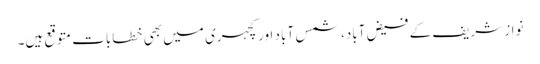
نواز شریف کے فیض آباد، شمس آباد اور کچہری میں بھی خطابات متوقع ہیں۔